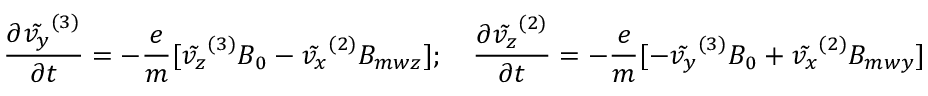
\frac { \partial \tilde { v _ { y } } ^ { ( 3 ) } } { \partial t } = - \frac { e } { m } [ \tilde { v _ { z } } ^ { ( 3 ) } B _ { 0 } - \tilde { v _ { x } } ^ { ( 2 ) } B _ { m w z } ] ; \quad \frac { \partial \tilde { v _ { z } } ^ { ( 2 ) } } { \partial t } = - \frac { e } { m } [ - \tilde { v _ { y } } ^ { ( 3 ) } B _ { 0 } + \tilde { v _ { x } } ^ { ( 2 ) } B _ { m w y } ]